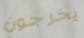
يخرجون